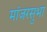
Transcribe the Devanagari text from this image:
मांजरसुभा